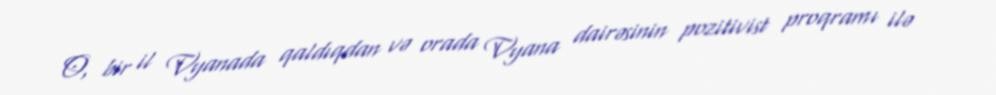
O, bir il Vyanada qaldıqdan və orada Vyana dairəsinin pozitivist proqramı ilə